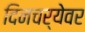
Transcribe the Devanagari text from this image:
दिनचर्येवर